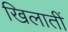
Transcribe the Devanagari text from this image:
खिलातीं